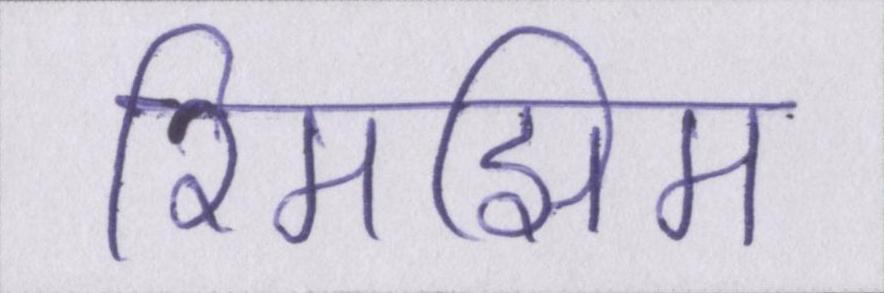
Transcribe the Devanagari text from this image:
रिमझिम